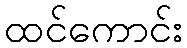
ထင်ကောင်း